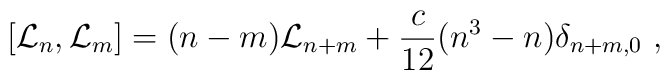
[{\cal L}_n,{\cal L}_m] = (n-m){\cal L}_{n+m} + \frac{c}{12}(n^3-n) \delta_{n+m,0} ~,